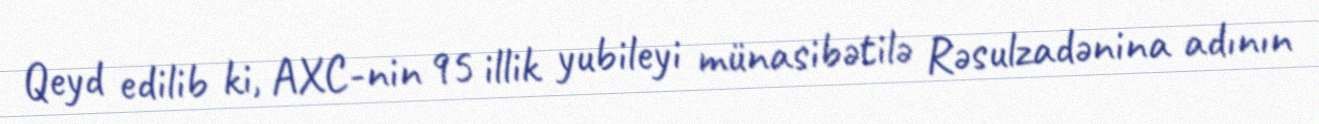
Qeyd edilib ki, AXC-nin 95 illik yubileyi münasibətilə Rəsulzadənina adının